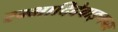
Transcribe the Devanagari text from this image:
रम्भादिदेवाङ्गनाः